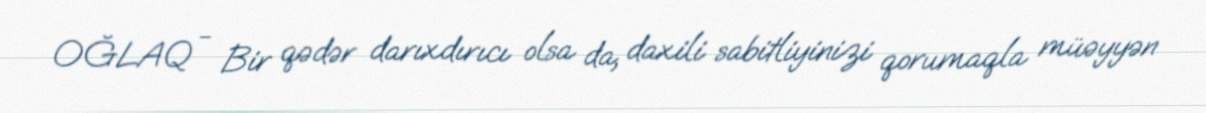
OĞLAQ - Bir qədər darıxdırıcı olsa da, daxili sabitliyinizi qorumaqla müəyyən